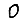
Digit: 0